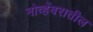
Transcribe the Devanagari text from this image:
नोव्हेंबरातील